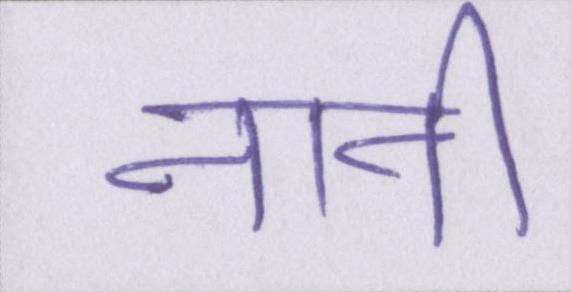
नानी